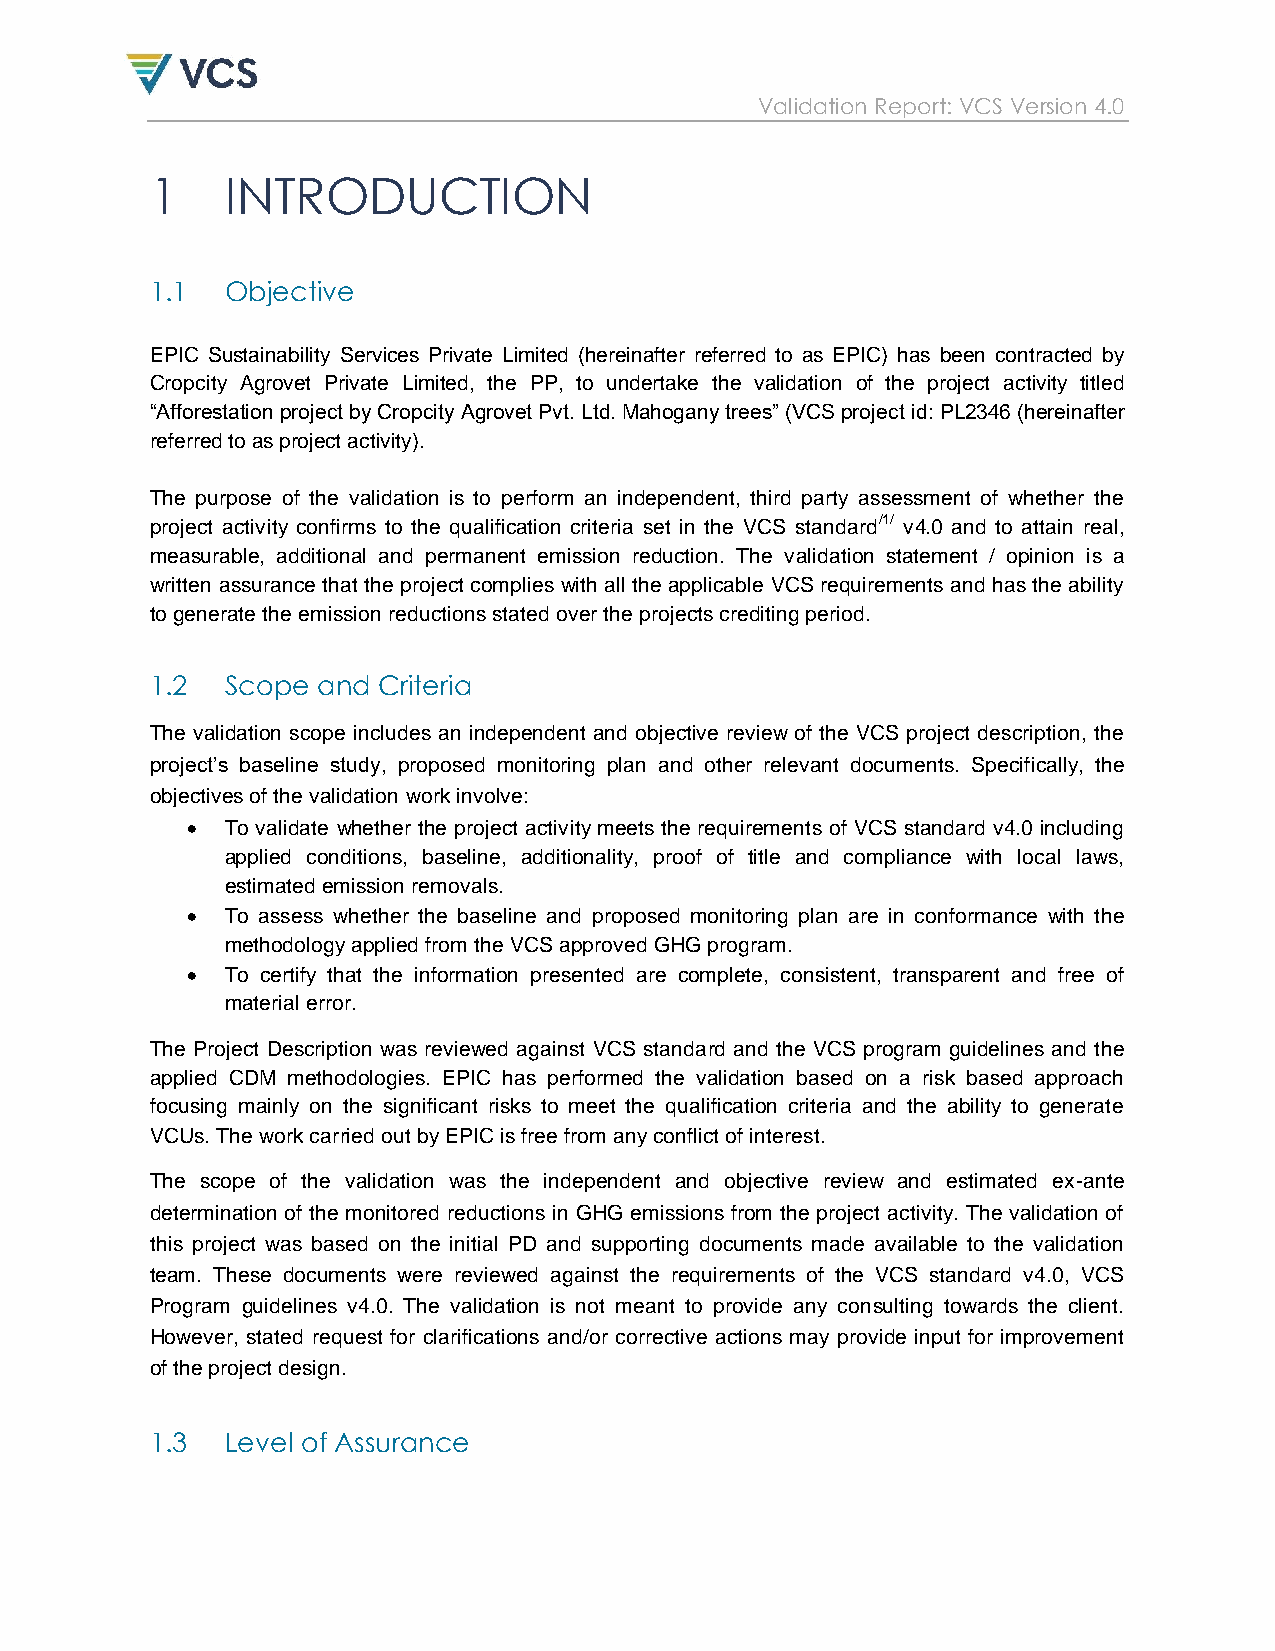
Validation Report: VCS Version 4.0
 1    INTRODUCTION
 1.1  Objective
 EPIC Sustainability Services Private Limited (hereinafter referred to as EPIC) has been contracted by
 Cropcity Agrovet Private Limited, the PP, to undertake the validation of the project activity titled
 “Afforestation project by Cropcity Agrovet Pvt. Ltd. Mahogany trees” (VCS project id: PL2346 (hereinafter
 referred to as project activity).
 The purpose of the validation is to perform an independent, third party assessment of whether the
 project activity confirms to the qualification criteria set in the VCS standard/1/ v4.0 and to attain real,
 measurable, additional and permanent emission reduction. The validation statement / opinion is a
 written assurance that the project complies with all the applicable VCS requirements and has the ability
 to generate the emission reductions stated over the projects crediting period.
 1.2  Scope and Criteria
 The validation scope includes an independent and objective review of the VCS project description, the
 project‟s baseline study, proposed monitoring plan and other relevant documents. Specifically, the
 objectives of the validation work involve:
   To validate whether the project activity meets the requirements of VCS standard v4.0 including
 applied conditions, baseline, additionality, proof of title and compliance with local laws,
 estimated emission removals.
   To assess whether the baseline and proposed monitoring plan are in conformance with the
 methodology applied from the VCS approved GHG program.
   To certify that the information presented are complete, consistent, transparent and free of
 material error.
 The Project Description was reviewed against VCS standard and the VCS program guidelines and the
 applied CDM methodologies. EPIC has performed the validation based on a risk based approach
 focusing mainly on the significant risks to meet the qualification criteria and the ability to generate
 VCUs. The work carried out by EPIC is free from any conflict of interest.
 The scope of the validation was the independent and objective review and estimated ex-ante
 determination of the monitored reductions in GHG emissions from the project activity. The validation of
 this project was based on the initial PD and supporting documents made available to the validation
 team. These documents were reviewed against the requirements of the VCS standard v4.0, VCS
 Program guidelines v4.0. The validation is not meant to provide any consulting towards the client.
 However, stated request for clarifications and/or corrective actions may provide input for improvement
 of the project design.
 1.3  Level of Assurance